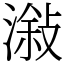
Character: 潊